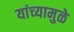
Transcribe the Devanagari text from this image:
यांच्‍यामुळे